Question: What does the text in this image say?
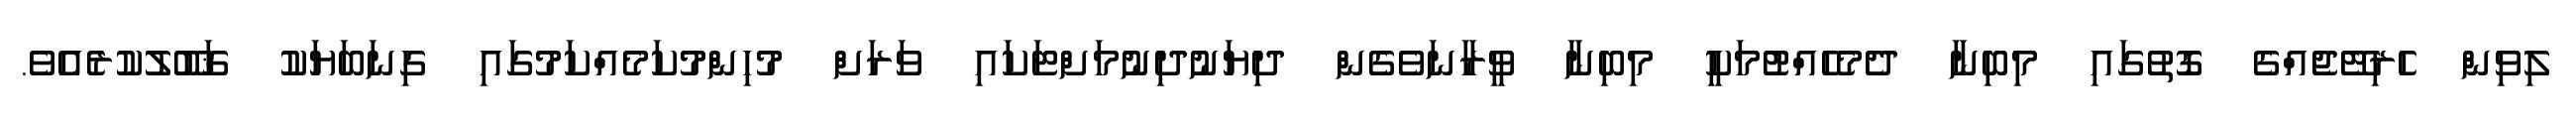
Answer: ލިވިން ހެރިޓޭޖެއްގެ ގޮތުގައި މިބިނާ ދެމެހެއްޓުމަކީ މިބިނާ ވީރާނަވެގެން ދިޔަނުދިނުމަށްޓަކައި ވަރަށް މުހިންމުކަމެއްކަމުގައި ގިނަބަޔަކު ޤަބޫލުކުރެއެވެ.